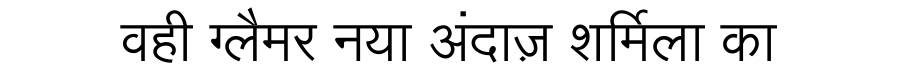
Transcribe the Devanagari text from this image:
वही ग्लैमर नया अंदाज़ शर्मिला का